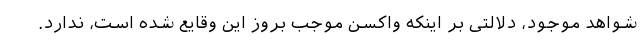
شواهد موجود، دلالتی بر اینکه واکسن موجب بروز این وقایع شده است، ندارد.